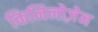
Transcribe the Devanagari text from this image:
किनिनोज़ेन